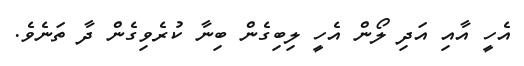
އެހީ އާއި އަދި ލޯން އެހީ ލިބިގެން ބިނާ ކުރެވިގެން ދާ ތަނެވެ.